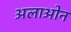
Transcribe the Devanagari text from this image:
अलाओन